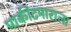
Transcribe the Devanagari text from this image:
पाकीटमाराला